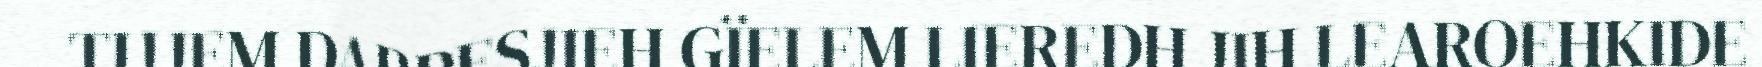
TIJJEM DARPESJIEH GÏELEM LIEREDH JIH LEAROEHKIDE